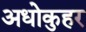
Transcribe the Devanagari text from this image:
अधोकुहर